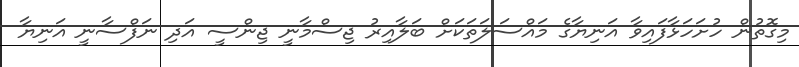
މިގޮތުން ހުށަހަޅާފައިވާ އަނިޔާގެ މައްސަލަތަކަށް ބަލާއިރު ޖިސްމާނީ ޖިންސީ އަދި ނަފްސާނީ އަނިޔާ